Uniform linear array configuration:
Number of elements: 16
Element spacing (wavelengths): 0.25
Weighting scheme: blackman
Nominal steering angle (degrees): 0
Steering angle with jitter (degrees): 1.586
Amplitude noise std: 0.05
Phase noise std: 0.05

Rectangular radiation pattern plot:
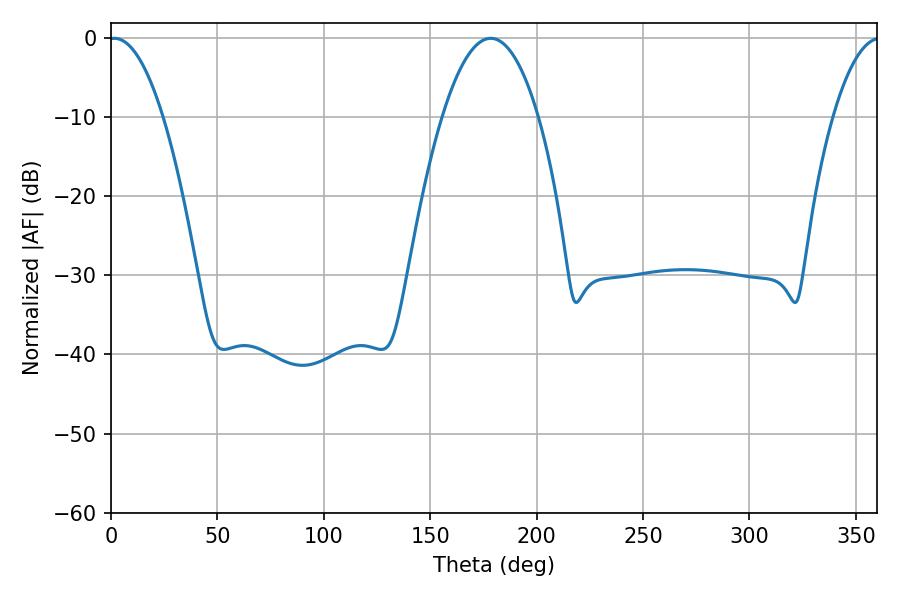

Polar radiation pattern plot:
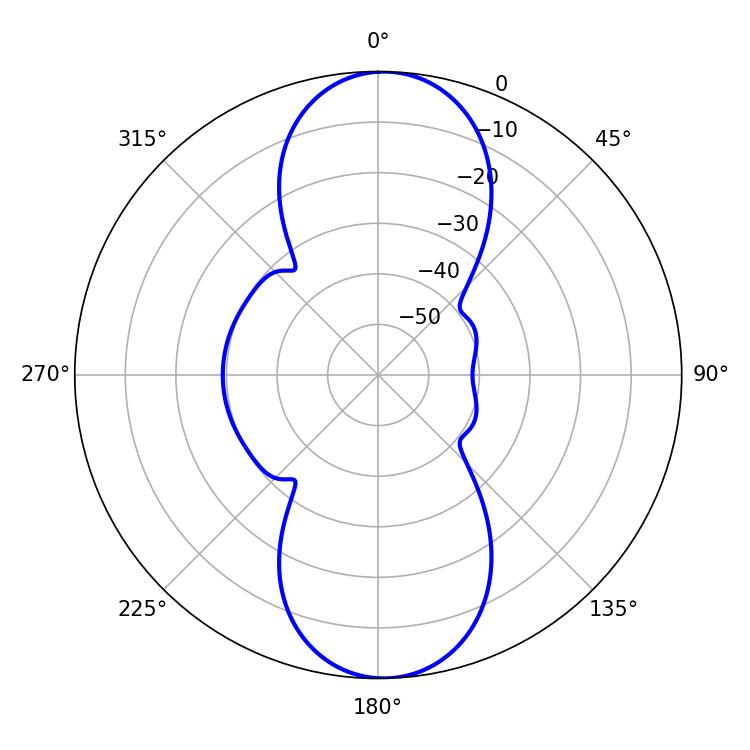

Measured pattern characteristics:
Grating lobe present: FALSE
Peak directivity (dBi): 18.792
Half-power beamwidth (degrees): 14.04
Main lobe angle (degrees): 1.62